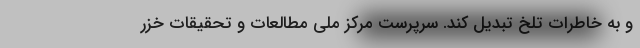
و به خاطرات تلخ تبدیل کند. سرپرست مرکز ملی مطالعات و تحقیقات خزر